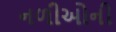
નળીઓની